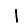
Digit: 1